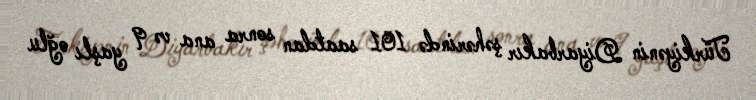
Türkiyənin Diyarbakır şəhərində 101 saatdan sonra ana və 9 yaşlı oğlu